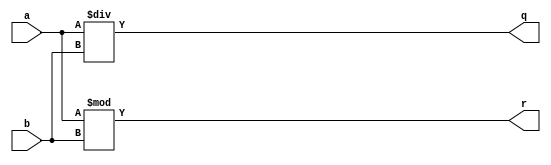
module div_byte(
	input [7:0] a,
	input [7:0] b,
	output [7:0] q,
	output [7:0] r
	);

	assign q = a / b;
	assign r = a % b;

endmodule